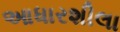
આધારશીલા